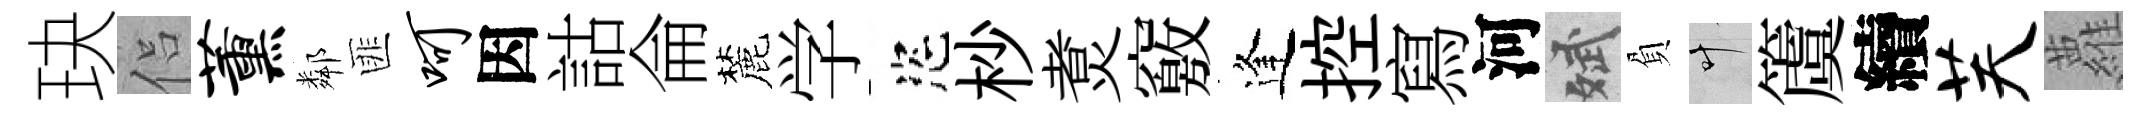
玦侣薰鄰匪呵因詁侖麓学恣杪煑竅逢控寫河斌負叶𥵂續芙蘿